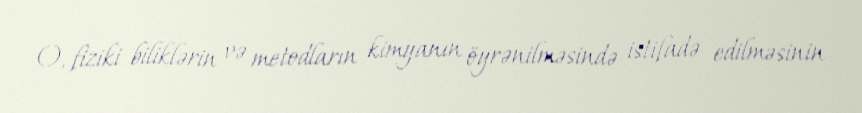
O, fiziki biliklərin və metodların kimyanın öyrənilməsində istifadə edilməsinin